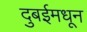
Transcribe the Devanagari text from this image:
दुबईमधून